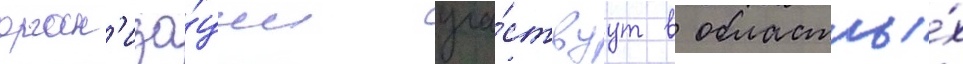
орган'иза́ции уча́ствуут в областны́х